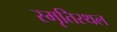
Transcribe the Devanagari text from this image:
स्मृतिस्थल